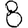
Digit: 8